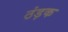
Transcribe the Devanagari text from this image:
ठंड़क